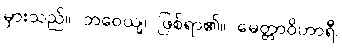
မှားသည်။ ဘဝေယျ၊ ဖြစ်ရာ၏။ မေတ္တာဝိဟာရီ၊